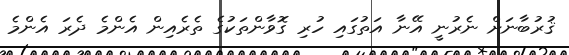
ޤުރުބާނަށް ނެރުނީ އޭނާ އަތުގައި ހުރި ގޮވާންތަކުގެ ތެރެއިން އެންމެ ދެރަ އެންމެ